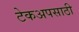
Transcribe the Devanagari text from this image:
टेकअपसाठी